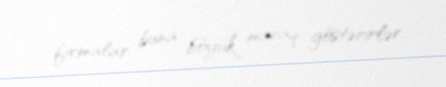
firmalar buna böyük maraq göstərirlər.